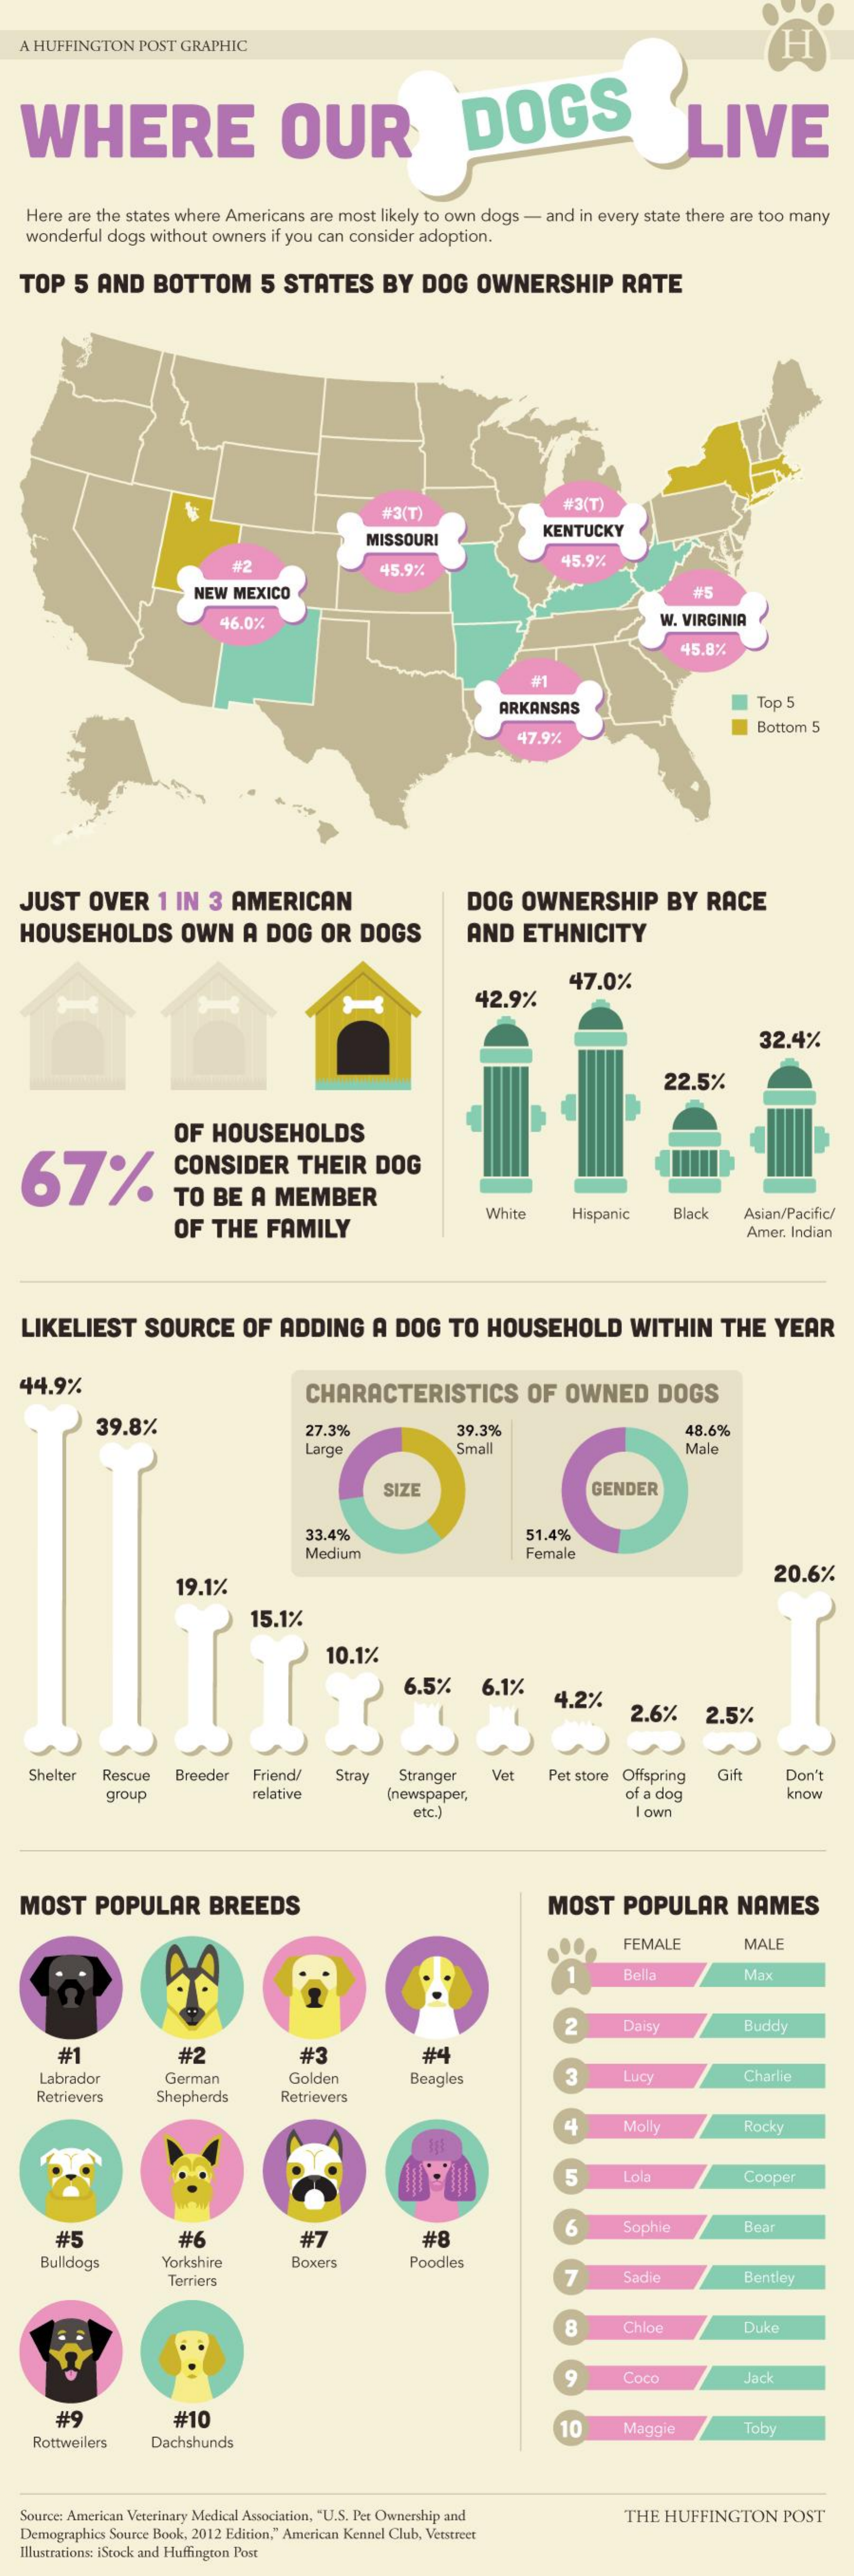
A HUFFINGTON POST GRAPHIC    H
  WHERE    OUR    DOGS    LIVE
   Here are the states where Americans are most likely to own dogs - and in every state there are too many
   wonderful dogs without owners if you can consider adoption.
  TOP   5 AND   BOTTOM    5 STATES    BY  DOG   OWNERSHIP    RATE
     #3(T)
     W3(T
     MISSOURI    KENTUCKY
     #2    45.9%
     45.9%
     NEW MEXICO    #5
     46.0%    W. VIRGINIA
     45.8%
     #1
     ARKANSAS    Top 5
     47.9%
     Bottom 5
  JUST   OVER   1 IN  3 AMERICAN    DOG  OWNERSHIP    BY RACE
  HOUSEHOLDS    OWN    A DOG   OR  DOGS    AND   ETHNICITY
     42.9%
     47.0%
     32.4%
     22.5%
     OF  HOUSEHOLDS
  67%    CONSIDER    THEIR  DOG
     TO  BE  A MEMBER
     OF  THE  FAMILY
     White   Hispanic   Black  Asian/Pacific/
     Amer. Indian
  LIKELIEST    SOURCE    OF  ADDING   A  DOG  TO  HOUSEHOLD    WITHIN    THE  YEAR
  44.9%    CHARACTERISTICS    OF  OWNED    DOGS
     39.8%    27.3%    39.3%    48.6%
     Large    Small    Male
     SIZE    GENDER
     33.4%    51.4%
     Medium    Female
     19.1%
     20.6%
     15.1%
     10.1%
     6.5%    6.1%
     4.2%
     2.6%    2.5%
    Shelter Rescue Breeder Friend/ Stray Stranger  Vet   Pet store Offspring Gift Don't
     group    relative    (newspaper,    of a dog    know
     etc.)    I own
  MOST    POPULAR    BREEDS    MOST   POPULAR    NAMES
     FEMALE    MALE
     Bella    Max
     2    Daisy    Buddy
     #1    #2    #3    #4
    Labrador    German    Golden    Beagles    3    Lucy    Charlie
    Retrievers  Shepherds    Retrievers
     Molly    Rocky
     5    Lola    Cooper
     #5    #6    #7    #8
     6    Sophie    Bear
    Bulldogs    Yorkshire    Boxers    Poodles
     Terriers    7    Sadie    Bentley
     :    Chloe    Duke
     Coco    Jack
     #9    #10
    Rottweilers Dachshunds
     10    Maggie    Toby
   Source: American Veterinary Medical Association, "U.S. Pet Ownership and THE HUFFINGTON POST
   Demographics Source Book, 2012 Edition," American Kennel Club, Vetstreet
  Illustrations: iStock and Huffington Post